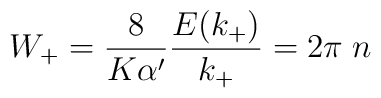
W_+=\frac{8}{K\alpha'}\frac{E(k_+)}{k_+}=2\pi\;n